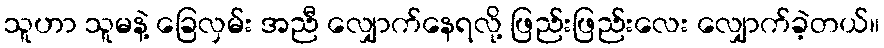
သူဟာ သူမနဲ့ ခြေလှမ်း အညီ လျှောက်နေရလို့ ဖြည်းဖြည်းလေး လျှောက်ခဲ့တယ်။